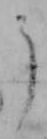
う